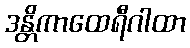
ဒန္တိကာထေရီဂါထာ